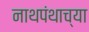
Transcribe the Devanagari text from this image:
नाथपंथाच्या